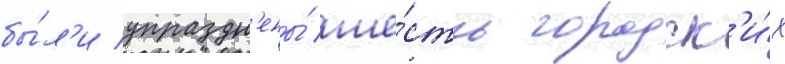
бы́л'и упраздн'ены́ ше́сть городск'и́х